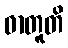
ဓာတူတိ